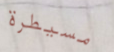
مسيطرة